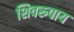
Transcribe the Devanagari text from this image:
शिवरुपाय